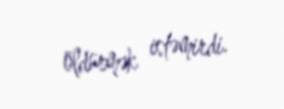
öldürmək istəmirdi.